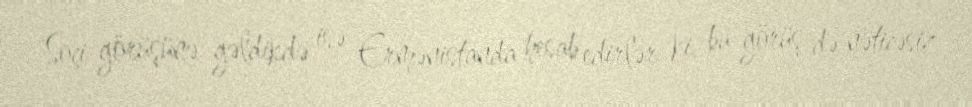
Soçi görüşünə gəldikdə isə Ermənistanda hesab edirlər ki, bu görüş də nəticəsiz